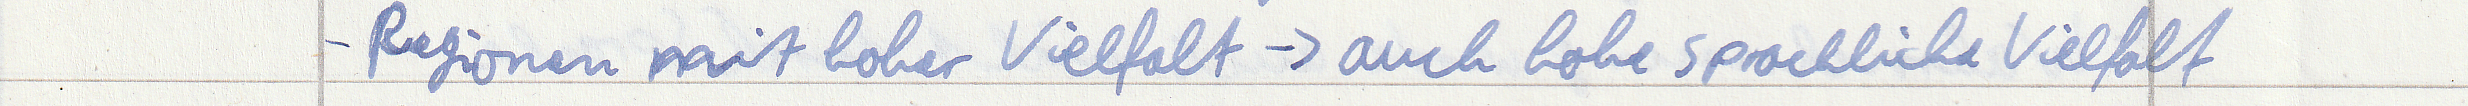
- Regionen mit hoher Vielfalt -> auch hohe sprachliche Vielfalt